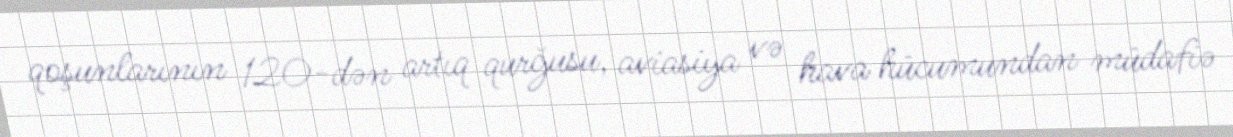
qoşunlarının 120-dən artıq qurğusu, aviasiya və hava hücumundan müdafiə